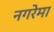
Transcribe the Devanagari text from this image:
नगरेमा